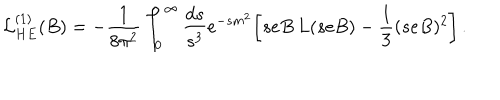
LaTeX: { \cal L } _ { H E } ^ { ( 1 ) } ( B ) = - { \frac { 1 } { 8 \pi ^ { 2 } } } \int _ { 0 } ^ { \infty } { \frac { d s } { s ^ { 3 } } } e ^ { - s m ^ { 2 } } \biggl [ s e B \, L ( s e B ) - { \frac { 1 } { 3 } } ( s e B ) ^ { 2 } \biggr ] \, .